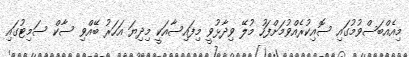
މިއެއްބަސްވުމުގައި ސޮއިކުރެއްވުމަށްފަހު މުލޭ ވިދާޅުވީ މިފައިސާއަކީ މިދިޔަ އަހަރު ބޭއްވި ސާކް ސަމިޓުގައި